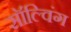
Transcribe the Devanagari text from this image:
सॉल्विंग